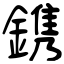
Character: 鎸